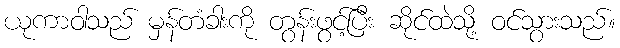
ယုကာဝါသည် မှန်တံခါးကို တွန်းဖွင့်ပြီး ဆိုင်ထဲသို့ ဝင်သွားသည်။